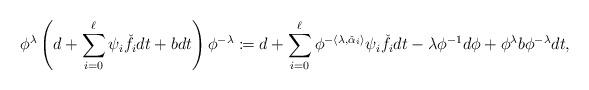
LaTeX: \begin{align*} \phi^{\lambda} \left(d + \sum_{i=0}^\ell \psi_i\check f_idt + bdt\right) \phi^{-\lambda} \coloneqq d + \sum_{i=0}^\ell \phi^{-\langle\lambda,\check\alpha_i\rangle} \psi_i\check f_i dt - \lambda \phi^{-1} d\phi + \phi^{\lambda} b\phi^{-\lambda} dt,\end{align*}